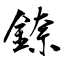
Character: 錼